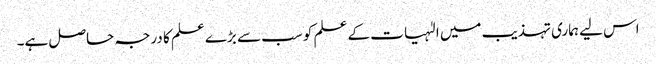
اس لیے ہماری تہذیب میں الٰہیات کے علم کو سب سے بڑے علم کا درجہ حاصل ہے۔